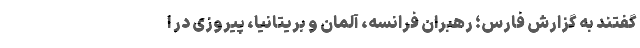
گفتند به گزارش فارس؛ رهبران فرانسه، آلمان و بریتانیا، پیروزی در ا